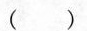
( )